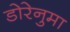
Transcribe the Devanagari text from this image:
डोरेनुमा